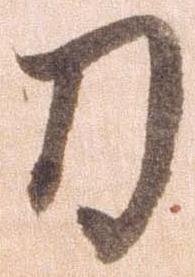
刀